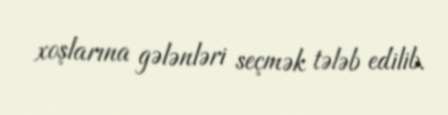
xoşlarına gələnləri seçmək tələb edilib.